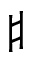
\sharp